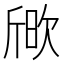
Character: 𣣒